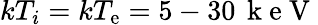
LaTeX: kT_{i}=kT_{\mathrm{e}}=5-30\, \mathrm{{~k~\mathrm{e}~V~}}